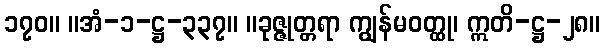
၁၇၀။ ။အံ-၁-ဋ္ဌ-၃၃၇။ ။ခုဇ္ဇုတ္တရာ ကျွန်မဝတ္ထု၊ ဣတိ-ဋ္ဌ-၂၈။